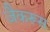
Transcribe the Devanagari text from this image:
जैकरूस